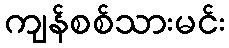
ကျန်စစ်သားမင်း